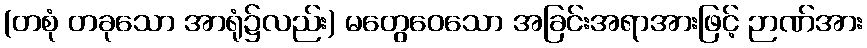
(တစုံ တခုသော အာရုံ၌လည်း) မတွေဝေသော အခြင်းအရာအားဖြင့် ဉာဏ်အား